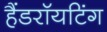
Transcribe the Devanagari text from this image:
हैंडराॅयटिंग